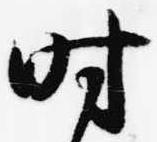
時